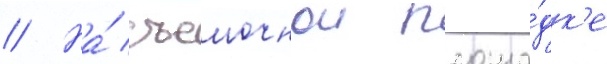
// На́ съемочнои площа́дк'е